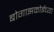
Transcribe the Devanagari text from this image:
बोगाझकोईच्या